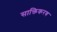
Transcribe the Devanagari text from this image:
साक्तिकरण